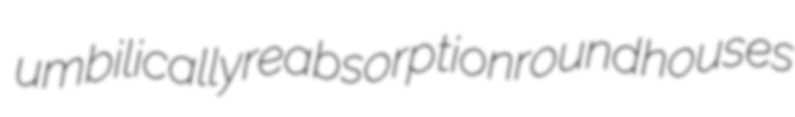
umbilically reabsorption roundhouses